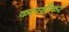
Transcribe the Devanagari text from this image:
कापशीकर